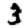
Digit: 3